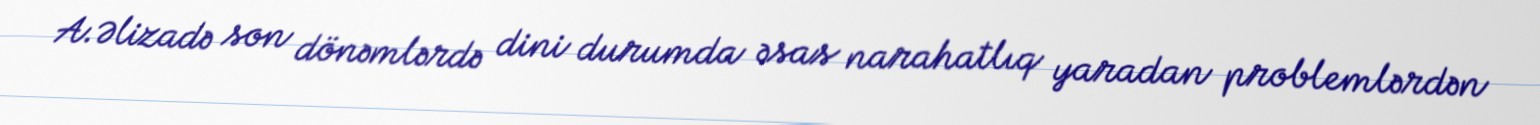
A.Əlizadə son dönəmlərdə dini durumda əsas narahatlıq yaradan problemlərdən